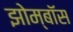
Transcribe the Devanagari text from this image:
झोम्बॉस